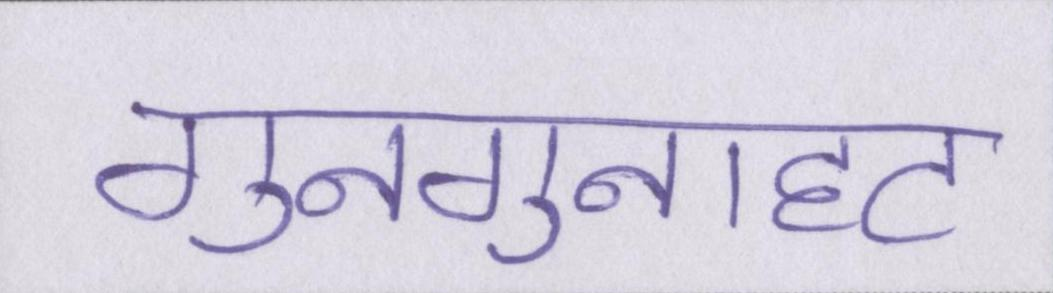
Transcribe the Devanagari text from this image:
गुनगुनाहट